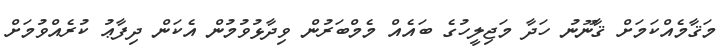
މަޤާމެއްކަމަށް ޤާނޫނު ހަދާ މަޖިލީހުގެ ބައެއް މެމްބަރުން ވިދާޅުވުމުން އެކަން ދިފާޢު ކުރެއްވުމަށް